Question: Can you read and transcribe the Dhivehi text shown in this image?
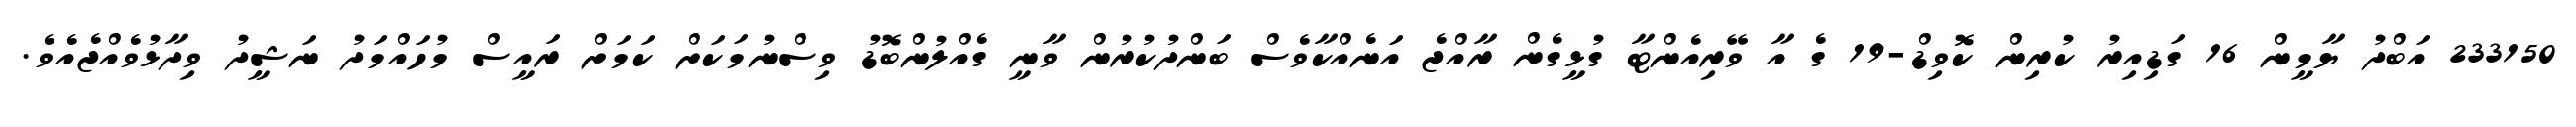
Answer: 233150 އަބްދު ޔާމީން 16 ގަޑިއިރު ކުރިން ކޮވިޑް-19 ގެ އާ ވޭރިއެންޓާ ގުޅީގެން ރާއްޖެ އަނެއްކާވެސް ބަންދުކުރުން ވާނީ ގެއްލުންބޮޑު ވިސްނުމަކަށް ކަމަށް ރައީސް މުހައްމަދު ނަޝީދު ވިދާޅުވެއްޖެއެވެ.